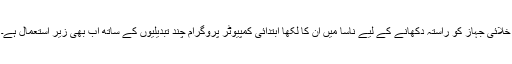
خلائی جہاز کو راستہ دکھانے کے لیے ناسا میں ان کا لکھا ابتدائی کمپیوٹر پروگرام چند تبدیلیوں کے ساتھ اب بھی زیرِ استعمال ہے۔